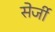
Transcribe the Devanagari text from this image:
सेर्जी